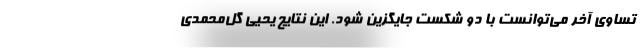
تساوی آخر می‌توانست با دو شکست جایگزین شود. این نتایج یحیی گل‌محمدی